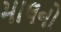
માલનો